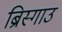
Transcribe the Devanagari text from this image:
ब्रिस्गाउ